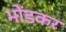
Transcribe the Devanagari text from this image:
भोंडकर